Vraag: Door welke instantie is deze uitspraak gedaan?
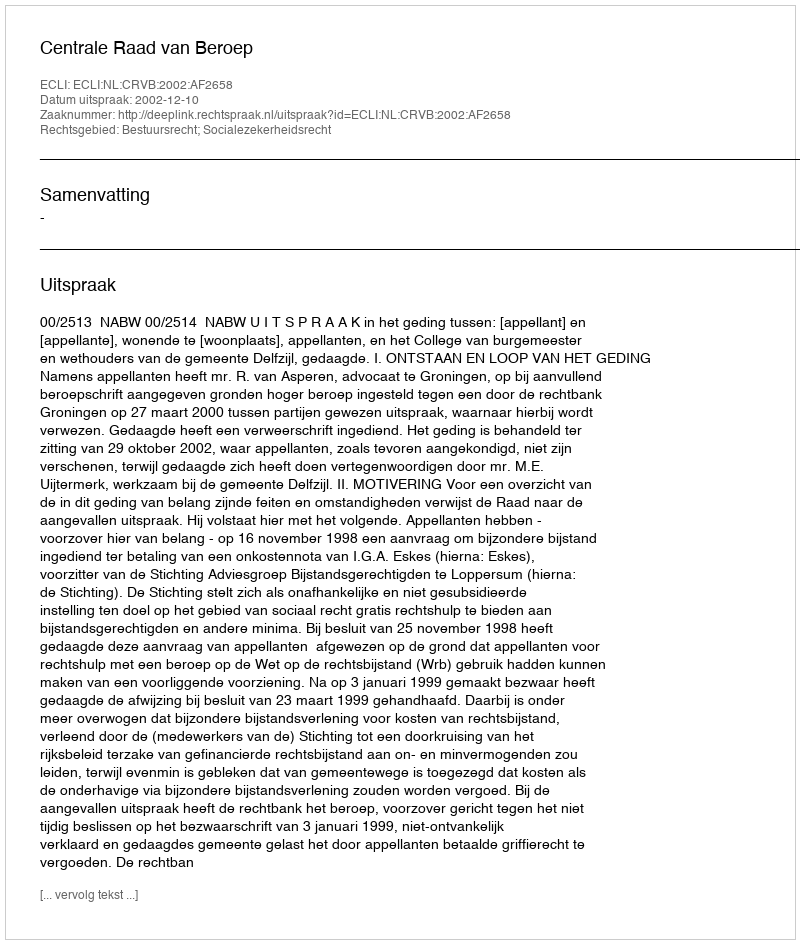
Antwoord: Centrale Raad van Beroep